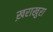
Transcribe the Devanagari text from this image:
ख़राखुरा